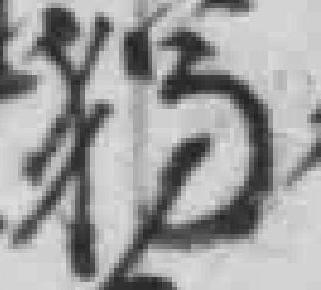
獨